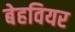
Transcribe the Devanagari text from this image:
बेहवियर